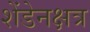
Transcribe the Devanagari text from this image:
शेंडेनक्षत्र